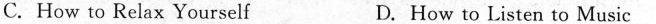
C. How to Relax Yourself D. How to Listen to Music